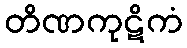
တိဏကုဋိကံ